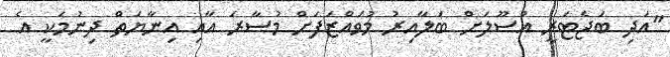
"އަދި ބަޖެޓަރީ އުސޫލަށް ބަލާއިރު މުވައްޒަފަށް މުސާރަ އާއި އިނާޔަތް ދިނުމަކީ އެ